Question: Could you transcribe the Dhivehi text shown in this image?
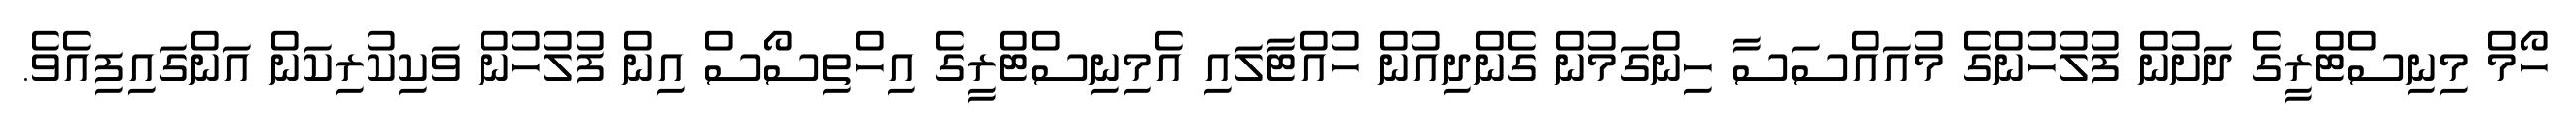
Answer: ހޯމް މިނިސްޓްރީގެ ދަށުން ފުލުހުންގެ މުއައްސަސާ ހިންގަމުން ގެންދިއުން ހުއްޓާލައި އެމިނިސްޓްރީގެ އިހްތިސޯސް އިން ފުލުހުން ވަކިކުރިކަން އަންގައިފިއެވެ.